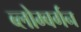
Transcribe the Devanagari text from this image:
ब्लोम्बर्गन